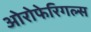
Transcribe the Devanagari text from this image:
ओरोफेरिगल्स